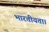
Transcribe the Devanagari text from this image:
भारतीयता।